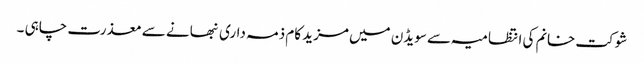
شوکت خانم کی انتظامیہ سے سویڈن میں مزید کام ذمہ داری نبھانے سے معذرت چاہی ۔